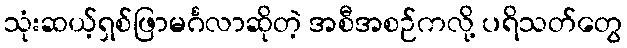
သုံးဆယ့်ရှစ်ဖြာမင်္ဂလာဆိုတဲ့ အစီအစဉ်ကလို့ ပရိသတ်တွေ